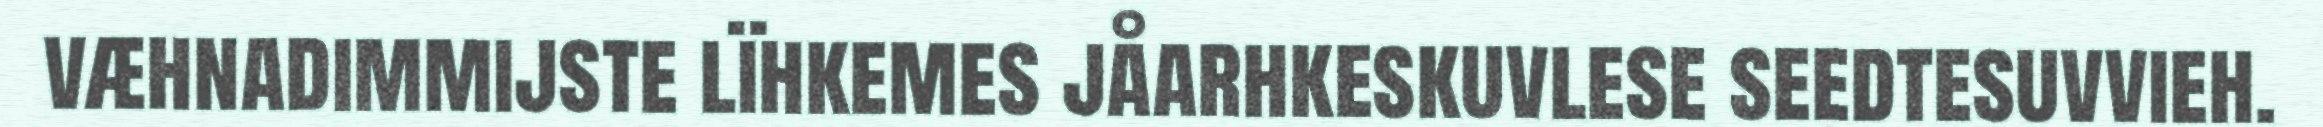
væhnadimmijste lïhkemes jåarhkeskuvlese seedtesuvvieh.